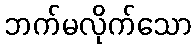
ဘက်မလိုက်သော